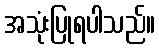
အသုံးပြုရပါသည်။